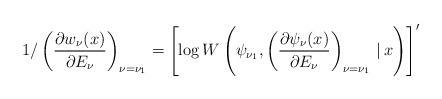
LaTeX: \begin{gather*} 1/\left( \frac{\partial w_{\nu }(x)}{\partial E_{\nu }}\right) _{\nu =\nu _{1}}=\left[ \log W\left( \psi _{\nu _{1}},\left( \frac{\partial \psi _{\nu }(x)}{\partial E_{\nu }}\right) _{\nu =\nu _{1}}\,|\, x\right) \right] ^{\prime }\end{gather*}